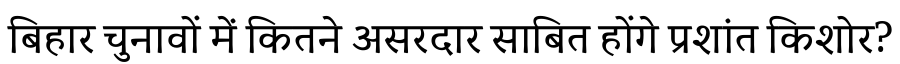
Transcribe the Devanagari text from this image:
बिहार चुनावों में कितने असरदार साबित होंगे प्रशांत किशोर?